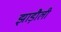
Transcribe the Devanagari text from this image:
झाड़ौली